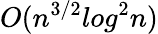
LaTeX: O(n^{3/2}log^{2}n)